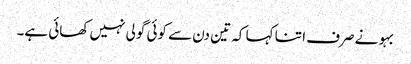
بہو نے صرف ا تنا کہا کہ تین دن سے کوئی گولی نہیں کھائی ہے۔